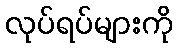
လုပ်ရပ်များကို